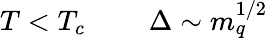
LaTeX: T<T_{c}~~~~~~~~~\Delta\sim m_{q}^{1/2}